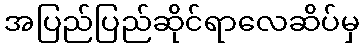
အပြည်ပြည်ဆိုင်ရာလေဆိပ်မှ